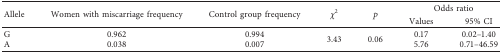
<table><thead><tr><td rowspan="2"><b>Allele</b></td><td rowspan="2"><b>Women with miscarriage frequency</b></td><td rowspan="2"><b>Control group frequency</b></td><td rowspan="2"><b><i>χ</i><sup>2</sup></b></td><td rowspan="2"><b><i>p</i></b></td><td colspan="2"><b>Odds ratio</b></td></tr><tr><td><b>Values</b></td><td><b>95% CI</b></td></tr></thead><tbody><tr><td>G</td><td>0.962</td><td>0.994</td><td rowspan="2">3.43</td><td rowspan="2">0.06</td><td>0.17</td><td>0.02–1.40</td></tr><tr><td>A</td><td>0.038</td><td>0.007</td><td>5.76</td><td>0.71–46.59</td></tr></tbody></table>